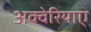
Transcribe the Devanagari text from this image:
अक्वेरियाए